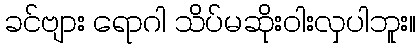
ခင်ဗျား ရောဂါ သိပ်မဆိုးဝါးလှပါဘူး။